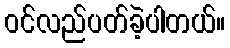
ဝင်လည်ပတ်ခဲ့ပါတယ်။